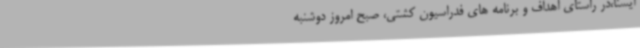
ایسنا،در راستای اهداف و برنامه های فدراسیون کشتی، صبح امروز دوشنبه